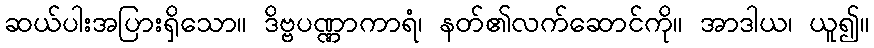
ဆယ်ပါးအပြားရှိသော။ ဒိဗ္ဗပဏ္ဏာကာရံ၊ နတ်၏လက်ဆောင်ကို။ အာဒါယ၊ ယူ၍။